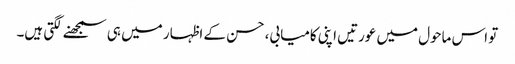
تو اس ماحول میں عورتیں اپنی کامیابی، حسن کے اظہار میں ہی سمجھنے لگتی ہیں۔